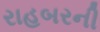
રાહબરની